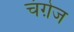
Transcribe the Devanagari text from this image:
चंगे़ज